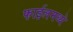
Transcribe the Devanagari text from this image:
फाईलमध्ये